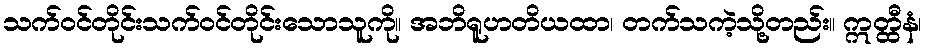
သက်ဝင်တိုင်းသက်ဝင်တိုင်းသောသူကို။ အဘိရူဟတိယထာ၊ တက်သကဲ့သို့တည်း။ ဣတ္ထီနံ၊